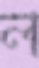
ল